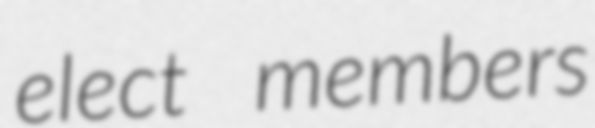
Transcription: elect members